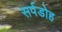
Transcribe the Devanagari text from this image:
सर्पडोह